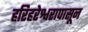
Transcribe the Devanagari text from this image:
हरिहरेश्वरापासून